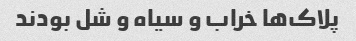
پلاک‌ها خراب و سیاه و شل بودند